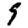
Digit: 9